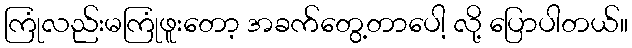
ကြုံလည်းမကြုံဖူးတော့ အခက်တွေ့တာပေါ့ လို့ ပြောပါတယ်။